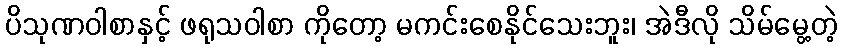
ပိသုဏဝါစာနှင့် ဖရုသဝါစာ ကိုတော့ မကင်းစေနိုင်သေးဘူး၊ အဲဒီလို သိမ်မွေ့တဲ့